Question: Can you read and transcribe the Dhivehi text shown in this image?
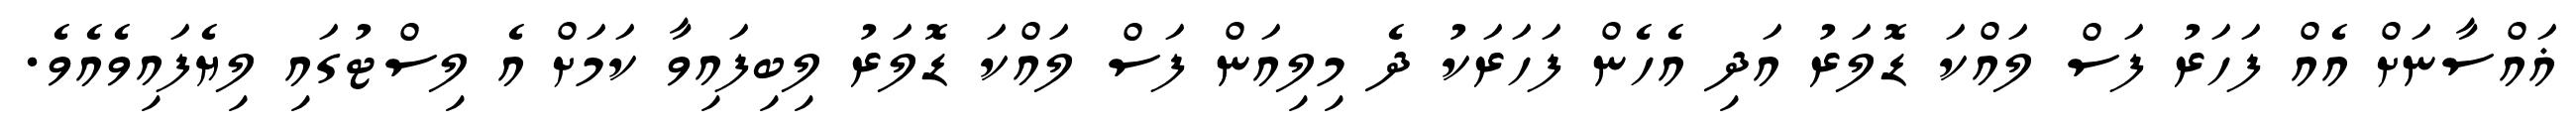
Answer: ޣައްސާނަށް އެއް ފަހަރު ފަސް ލައްކަ ޑޮލަރު އަދި އެހެން ފަހަރަކު ދެ މިލިއަން ފަސް ލައްކަ ޑޮލަރު ލިބިފައިވާ ކަމަށް އެ ލިސްޓުގައި ލިޔެފައިވެއެވެ.